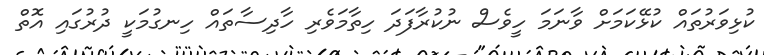
ކުޅިވަރުތައް ކުޅޭކަމަށް ވާނަމަ ހީވެސް ނުކުރާފަދަ ހިތާމަވެރި ހާދިސާތައް ހިނގުމަކީ ދުރުގައި އޮތް